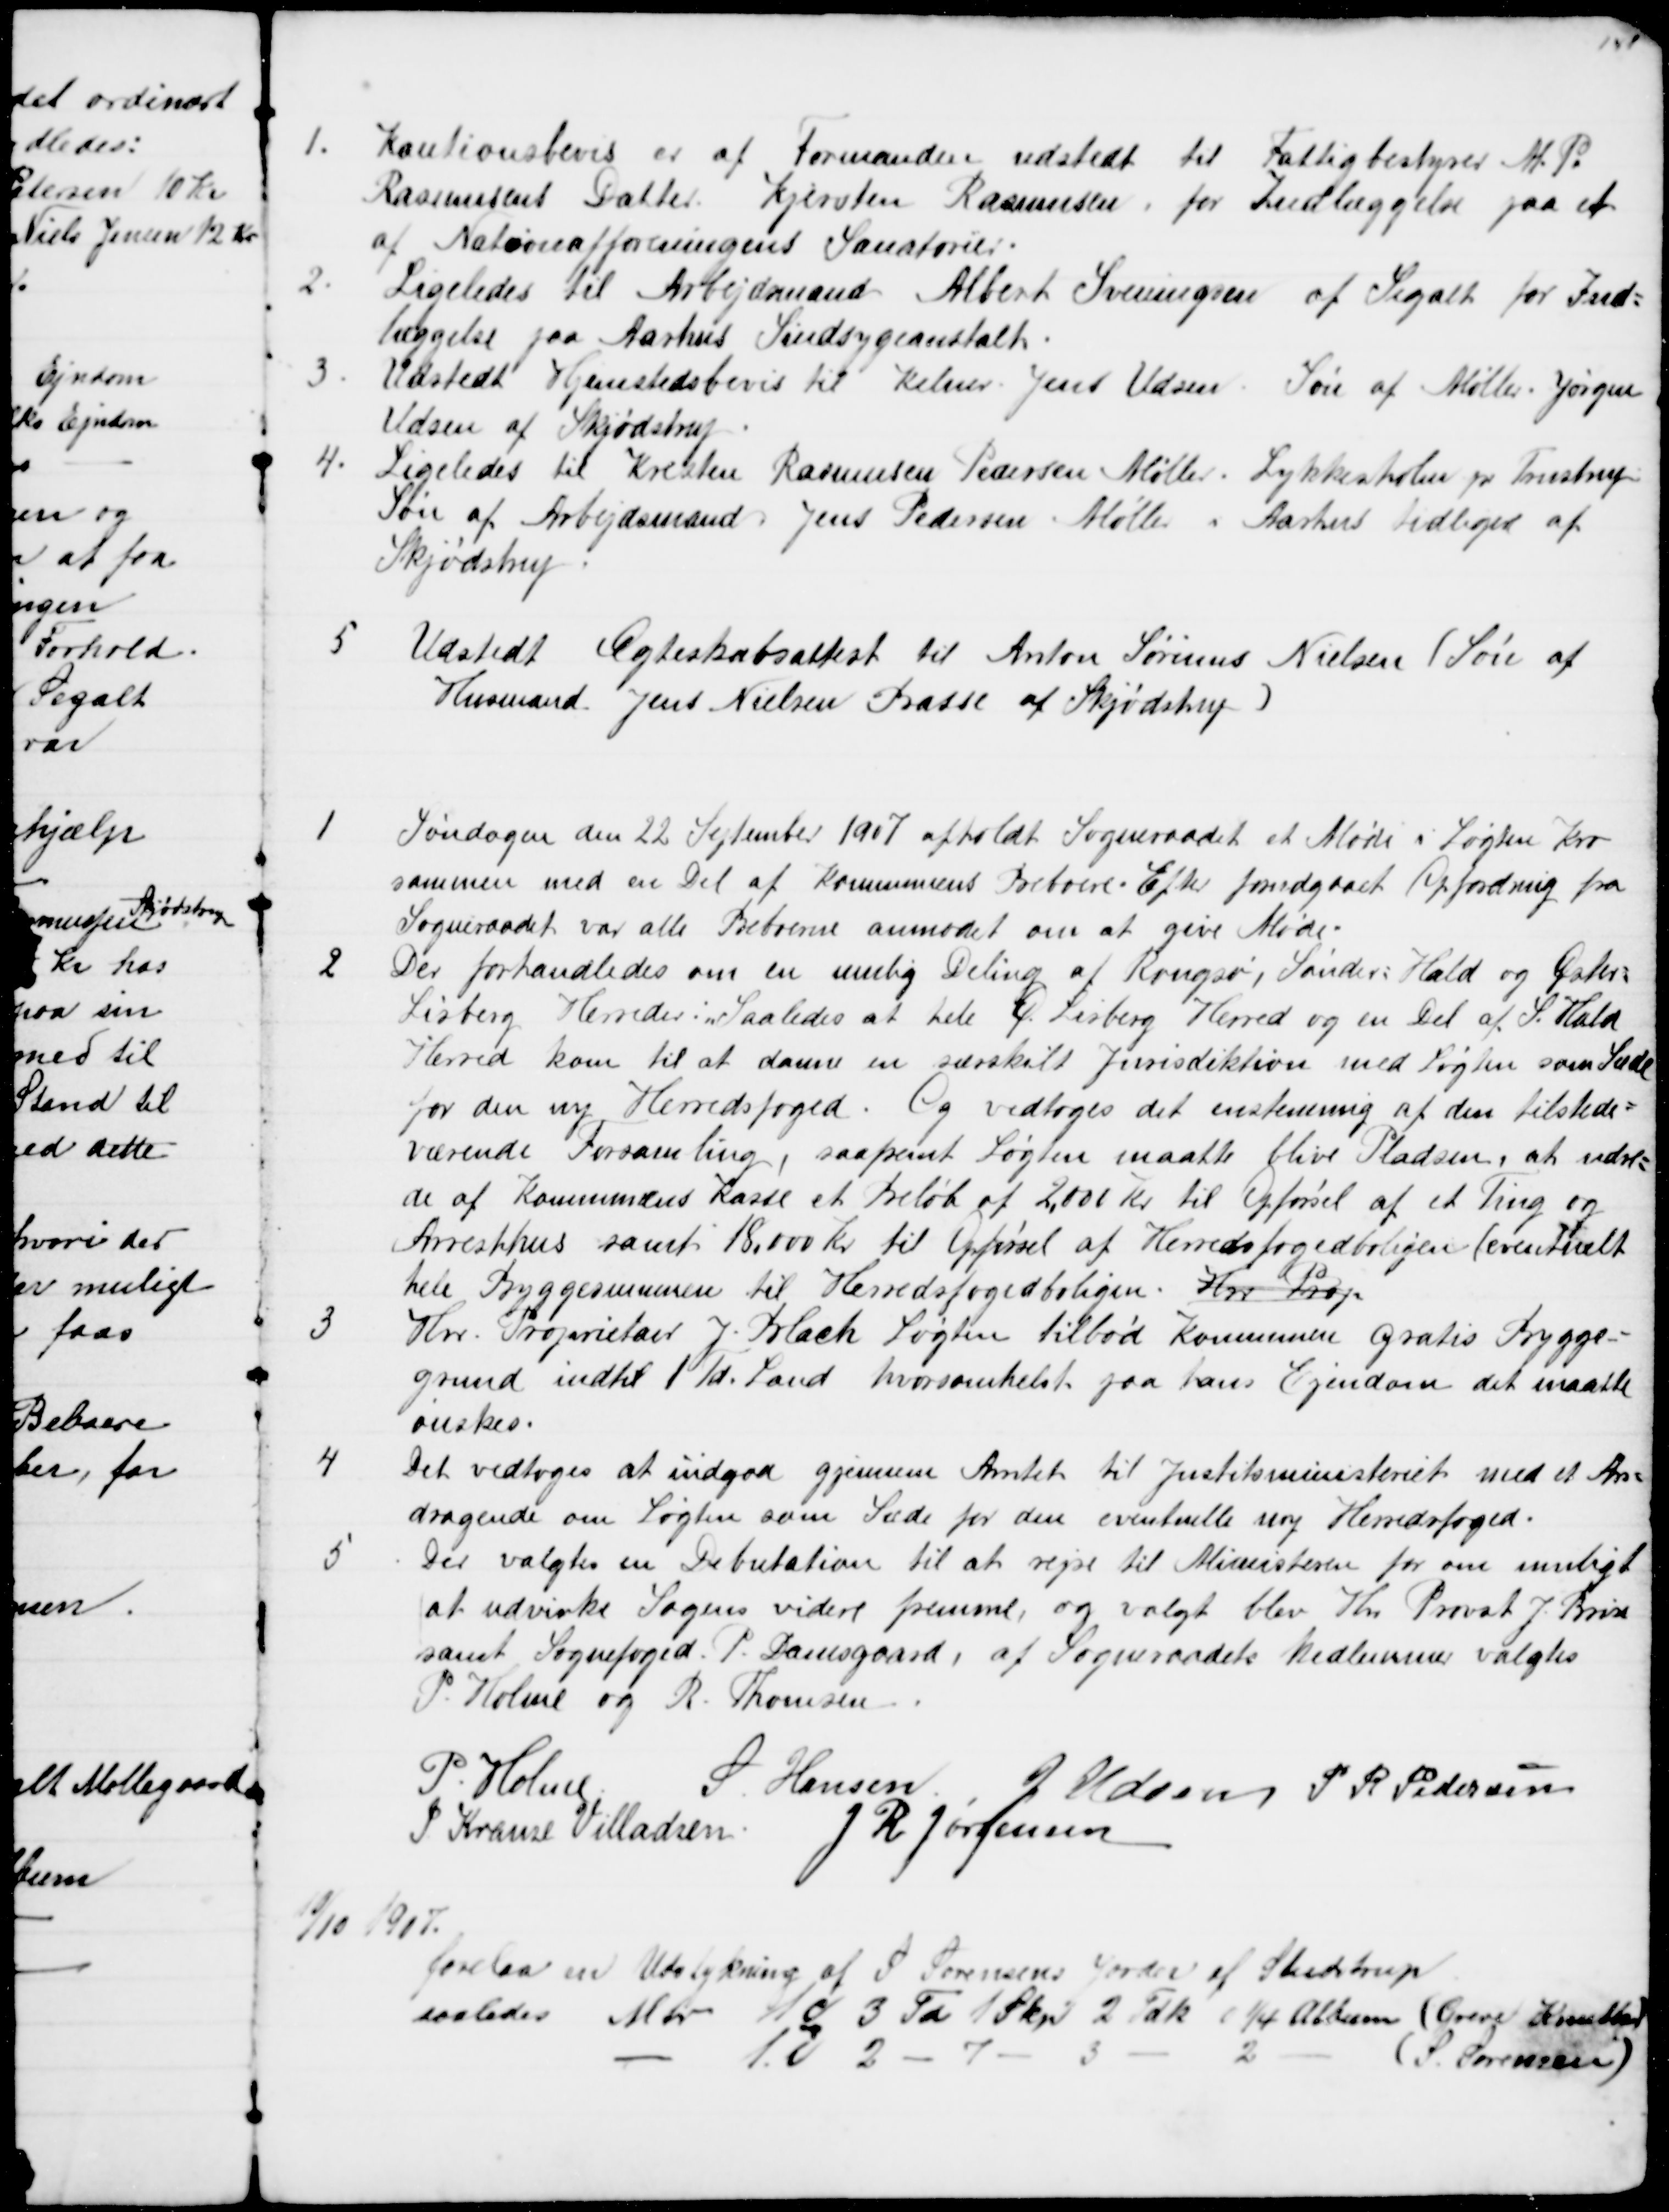
Transskription:
1.
Kautionsbevis er af Formanden udstedt til Fattigbestyrer M. P.
Rasmussens Datter Kjersten Rasmussen, for Indlæggelse paa et
af Nationalforeningens Sanatorier.
2.
Ligeledes til Arbejdsmand Albert Sveningsen af Segalt for Ind=
læggelse paa Aarhus Sindsygeanstalt.
3.
Udstedt Hjemstedsbevis til Kelner Jens Udsen, Søn af Møller Jørgen
Udsen af Skødstrup.
4.
Ligeledes til Kresten Rasmussen Pedersen Møller. Lykkesholm pr. Trustrup
Søn af Arbejdsmand Jens Pedersen Møller i Aarhus tidligere af
Skjødstrup
5
Udstedt Ægteskabsattest til Anton Sørinus Nielsen (Søn af
Husmand Jens Nielsen Basse af Skjødstrup)
1
Søndagen den 22 September 1907 afholdt Sogneraadet et Møde i Løgten Kro
sammen med en Del af Kommunens Beboere. Efter forudgaaet Opfordring fra
Sogneraadet var alle Beboerne anmodet om at give Møde.
2
Der forhandledes om en mulig Deling af Rougsø, Sønder=Hald og Øster=
Lisberg Herreder: Saaledes at hele Ø. Lisberg Herred og en Del af S. Hald
Herred kom til at danne en særskilt Jurisdiktion med Løgten som Sæde
for den ny Herredsfoged. Og vedtoges det enstemmig af den tilstede=
værende Forsamling, saafremt Løgten maatte blive Pladsen, at udre=
de af Kommunens Kasse et Beløb af 2,000 Kr. til Opførsel af et Ting og 
Arresthus samt 18.000 kr. til Opførsel af Herredsfogedboligen (eventuelt
hele Byggesummen til Herredsfogedboligen. Hrr Prop
3
Hrr. Proprietair J. Blach Løgten tilbød Kommunen gratis Bygge=
Grund indtil 1 Td. Land hvorsomhelst paa hans Ejendom det maatte
ønskes.
4
Det vedtoges at indgaa gjennem Amtet til Justitsministeriet med et An=
dragende om Løgten som Sæde for den eventuelle ny Herredsfoged.
5
Der valgtes en Debutation til at rejse til Ministeren for om muligt
at udvirke Sagens videre fremme, og valgt blev Hrr Provst J. Brix
samt Sognefoged. P. Damsgaard, af Sogneraadets Medlemmer valgtes
P. Holme og R. Thomsen
P. Holme
S. Hansen
J Udsen P. R. Pedersen
J. Krause Villadsen J. R. Jørgensen
10/10 1907.
forelaa en Udstykning af S. Sørensens Jorder af Studstrup
saaledes Mtr 1d 3 Td 1 Skp 2 Fdk 0¼ Album (Greve Knuth)
1i 2 - 7
3
2
( S Sørensen)